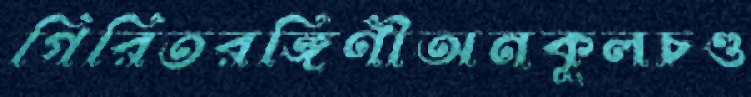
গিরিতরঙ্গিণীঅনকূলচণ্ড